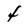
Character: 4